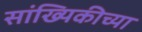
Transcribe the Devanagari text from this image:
सांख्यिकीच्या